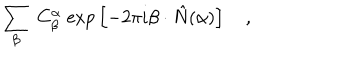
\sum _ { \beta } \; C _ { \beta } ^ { \alpha } \; \mathrm { e x p } \left[ - 2 \pi i \beta \cdot \hat { N } ( \alpha ) \right] \quad ,